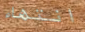
انتهاء